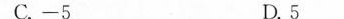
C.-5 D.5